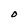
Character: D